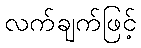
လက်ချက်ဖြင့်